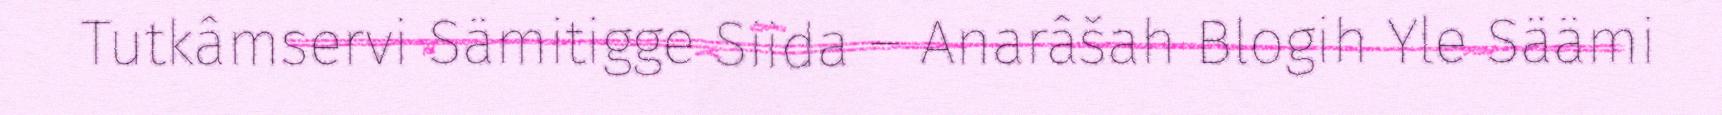
Tutkâmservi Sämitigge Siida – Anarâšah Blogih Yle Säämi